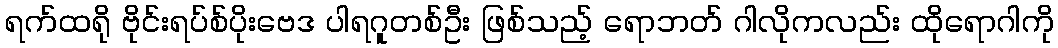
ရက်ထရို ဗိုင်းရပ်စ်ပိုးဗေဒ ပါရဂူတစ်ဦး ဖြစ်သည့် ရောဘတ် ဂါလိုကလည်း ထိုရောဂါကို